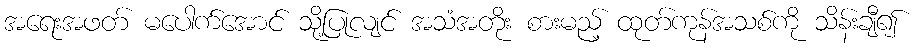
အရေးအဖတ် မပေါက်အောင် သို့ပြုလျင် အသံအတိုး စားမည့် ထုတ်ကုန်အသစ်ကို သိန်းချီ၍